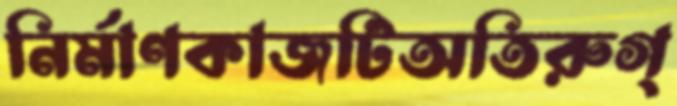
নির্মাণকাজটিঅতিরুগ্